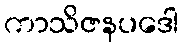
ကာသိဇနပဒေါ